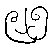
၉၂၅